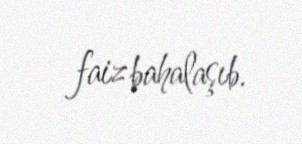
faiz bahalaşıb.